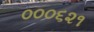
૦૦૦૬૨૧